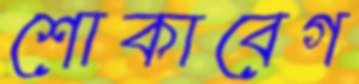
শোকাবেগ